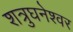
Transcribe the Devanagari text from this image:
शत्रुघनेश्वर